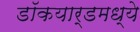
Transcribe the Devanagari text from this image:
डॉकयार्डमध्ये